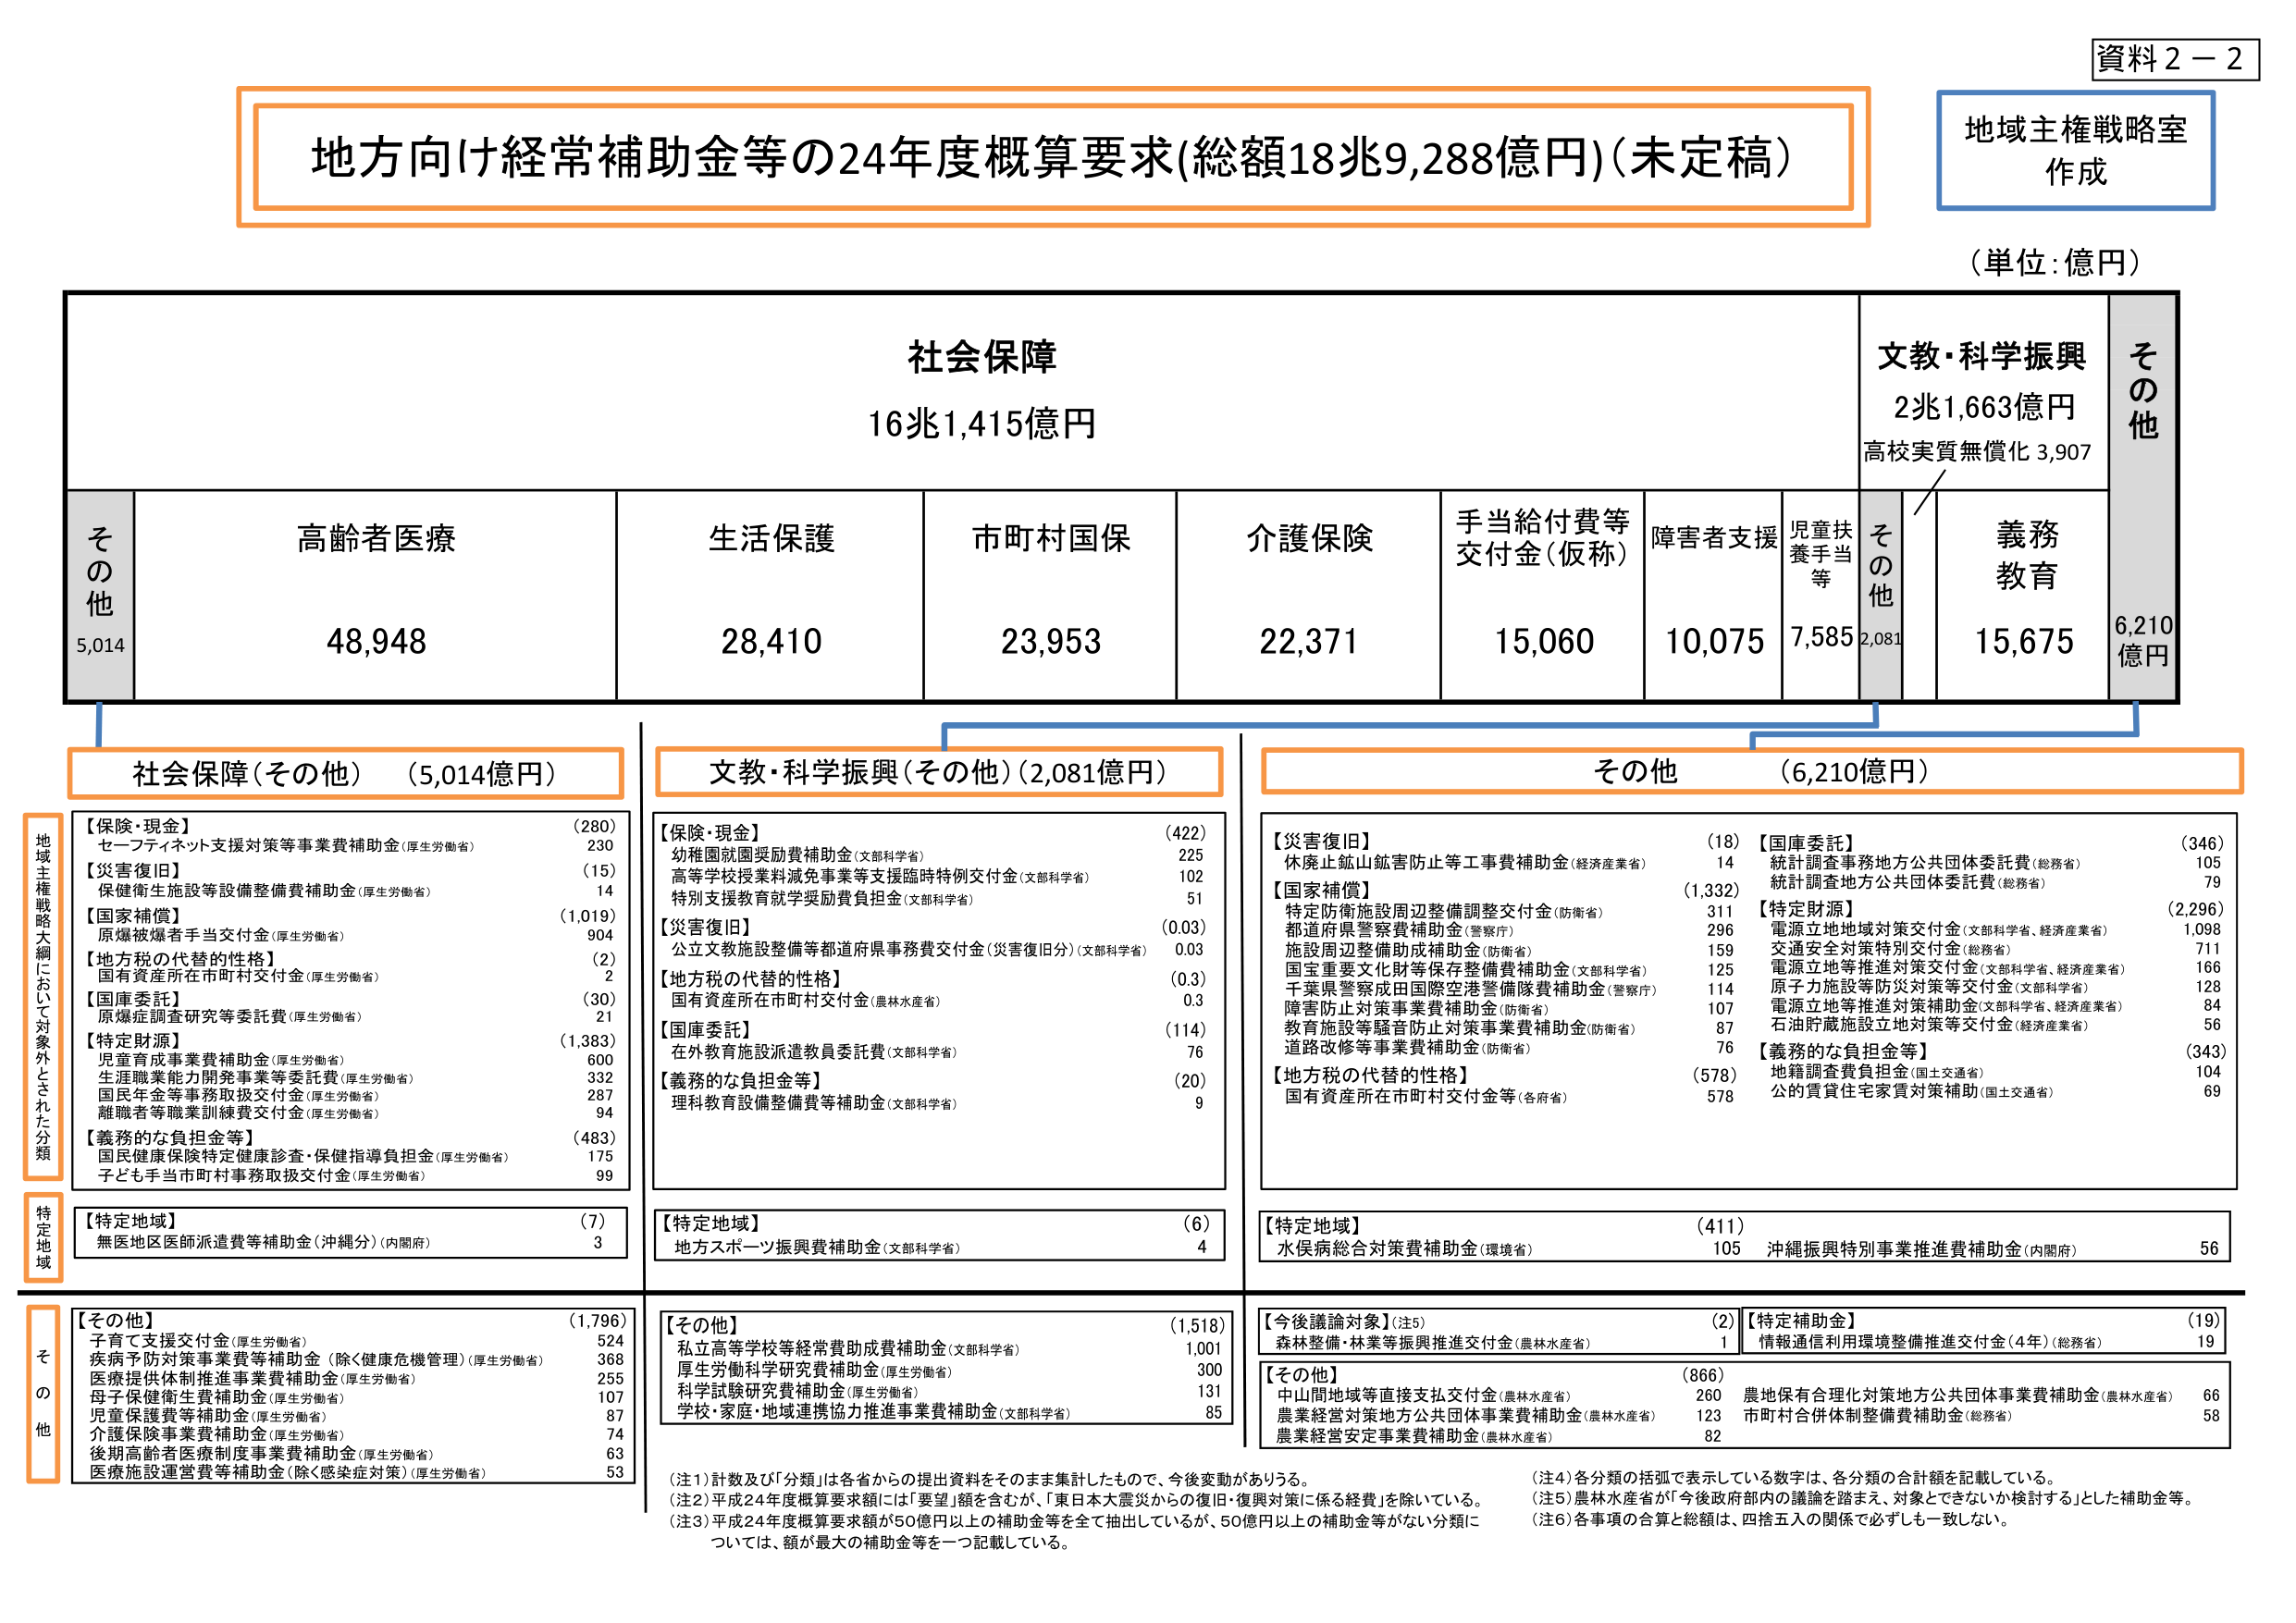
資料２－２
地域主権戦略室
作成

地方向け経常補助金等の24年度概算要求(総額18兆9,288億円)(未定稿)
(単位:億円)

社会保障
16兆1,415億円

文教・科学振興
2兆1,663億円
高校実質無償化 3,907

その他
6,210億円

その他
5,014

高齢者医療
48,948

生活保護
28,410

市町村国保
23,953

介護保険
22,371

手当給付費等
交付金(仮称)
15,060

障害者支援
10,075

児童扶養手当等
7,585

その他
2,081

義務教育
15,675

社会保障(その他) (5,014億円)
【保険・現金】 (280)
セーフティネット支援対策等事業費補助金(厚生労働省) 230
【災害復旧】 (15)
保健衛生施設等設備整備費補助金(厚生労働省) 14
【国家補償】 (1,019)
原爆被爆者手当交付金(厚生労働省) 904
【地方税の代替的性格】 (2)
国有資産所在市町村交付金(厚生労働省) 2
【国庫委託】 (30)
原爆症調査研究等委託費(厚生労働省) 21
【特定財源】 (1,383)
児童育成事業費補助金(厚生労働省) 600
生涯職業能力開発事業等委託費(厚生労働省) 332
国民年金等事務取扱交付金(厚生労働省) 287
離職者等職業訓練費交付金(厚生労働省) 94
【義務的な負担金等】 (483)
国民健康保険特定健康診査・保健指導負担金(厚生労働省) 175
子ども手当市町村事務取扱交付金(厚生労働省) 99
【特定地域】 (7)
無医地区医師派遣費等補助金(沖縄分)(内閣府) 3

文教・科学振興(その他)(2,081億円)
【保険・現金】 (422)
幼稚園就園奨励費補助金(文部科学省) 225
高等学校授業料減免事業等支援臨時特例交付金(文部科学省) 102
特別支援教育就学奨励費負担金(文部科学省) 51
【災害復旧】 (0.03)
公立文教施設整備等都道府県事務費交付金(災害復旧分)(文部科学省) 0.03
【地方税の代替的性格】 (0.3)
国有資産所在市町村交付金(農林水産省) 0.3
【国庫委託】 (114)
在外教育施設派遣教員委託費(文部科学省) 76
【義務的な負担金等】 (20)
理科教育設備整備費等補助金(文部科学省) 9
【特定地域】 (6)
地方スポーツ振興費補助金(文部科学省) 4

その他 (6,210億円)
【災害復旧】 (18)
休廃止鉱山鉱害防止等工事費補助金(経済産業省) 14
【国家補償】 (1,332)
特定防衛施設周辺整備調整交付金(防衛省) 311
都道府県警察費補助金(警察庁) 296
施設周辺整備助成補助金(防衛省) 159
国宝重要文化財等保存整備費補助金(文部科学省) 125
千葉県警察成田国際空港警備隊費補助金(警察庁) 114
障害防止対策事業費補助金(防衛省) 107
教育施設等騒音防止対策事業費補助金(防衛省) 87
道路改修等事業費補助金(防衛省) 76
【地方税の代替的性格】 (578)
国有資産所在市町村交付金等(各府省) 578
【国庫委託】 (346)
統計調査事務地方公共団体委託費(総務省) 105
統計調査地方公共団体委託費(総務省) 79
【特定財源】 (2,296)
電源立地地域対策交付金(文部科学省、経済産業省) 1,098
交通安全対策特別交付金(総務省) 711
電源立地等推進対策交付金(文部科学省、経済産業省) 166
原子力施設等防災対策等交付金(文部科学省) 128
電源立地等推進対策補助金(文部科学省、経済産業省) 84
石油貯蔵施設立地対策等交付金(経済産業省) 56
【義務的な負担金等】 (343)
地籍調査費負担金(国土交通省) 104
公的賃貸住宅家賃対策補助(国土交通省) 69
【特定地域】 (411)
水俣病総合対策費補助金(環境省) 105
沖縄振興特別事業推進費補助金(内閣府) 56

【その他】 (1,796)
子育て支援交付金(厚生労働省) 524
疾病予防対策事業費等補助金(除く健康危機管理)(厚生労働省) 368
医療提供体制推進事業費補助金(厚生労働省) 255
母子保健衛生費補助金(厚生労働省) 107
児童保護費等補助金(厚生労働省) 87
介護保険事業費補助金(厚生労働省) 74
後期高齢者医療制度事業費補助金(厚生労働省) 63
医療施設運営費等補助金(除く感染症対策)(厚生労働省) 53

【その他】 (1,518)
私立高等学校等経常費助成費補助金(文部科学省) 1,001
厚生労働科学研究費補助金(厚生労働省) 300
科学試験研究費補助金(厚生労働省) 131
学校・家庭・地域連携協力推進事業費補助金(文部科学省) 85

【今後議論対象】(注5) (2)
森林整備・林業等振興推進交付金(農林水産省) 1
【特定補助金】 (19)
情報通信利用環境整備推進交付金(4年)(総務省) 19

【その他】 (866)
中山間地域等直接支払交付金(農林水産省) 260
農業経営対策地方公共団体事業費補助金(農林水産省) 123
農業経営安定事業費補助金(農林水産省) 82
農地保有合理化対策地方公共団体事業費補助金(農林水産省) 66
市町村合併体制整備費補助金(総務省) 58

(注1) 計数及び「分類」は各省からの提出資料をそのまま集計したもので、今後変動がありうる。
(注2) 平成24年度概算要求額には「要望」額を含むが、「東日本大震災からの復旧・復興対策に係る経費」を除いている。
(注3) 平成24年度概算要求額が50億円以上の補助金等を全て抽出しているが、50億円以上の補助金等がない分類については、額が最大の補助金等を一つ記載している。
(注4) 各分類の括弧で表示している数字は、各分類の合計額を記載している。
(注5) 農林水産省が「今後政府部内の議論を踏まえ、対象とできないか検討する」とした補助金等。
(注6) 各事項の合算と総額は、四捨五入の関係で必ずしも一致しない。

地域主権戦略大綱において対象外とされた分類
特定地域
その他